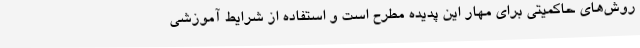
روش‌های حاکمیتی برای مهار این پدیده مطرح است و استفاده از شرایط آموزشی